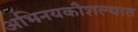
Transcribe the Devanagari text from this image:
अभिनयकौशल्यात